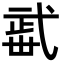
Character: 𣦏